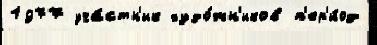
1977 уча́стн'ик худо́жн'иков п'ер'и́од